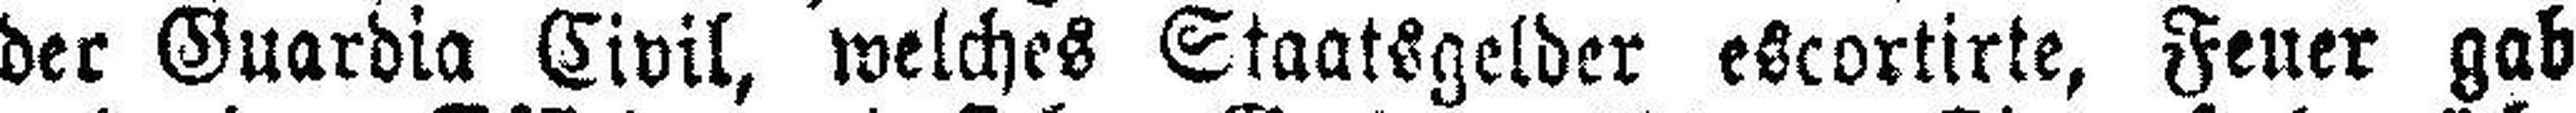
der Guardia Civil, welches Staatsgelder escortirte, Feuer gab